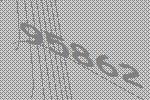
95862